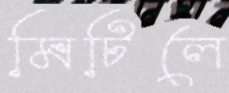
মিটিলে